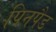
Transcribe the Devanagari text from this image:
पिनपैड